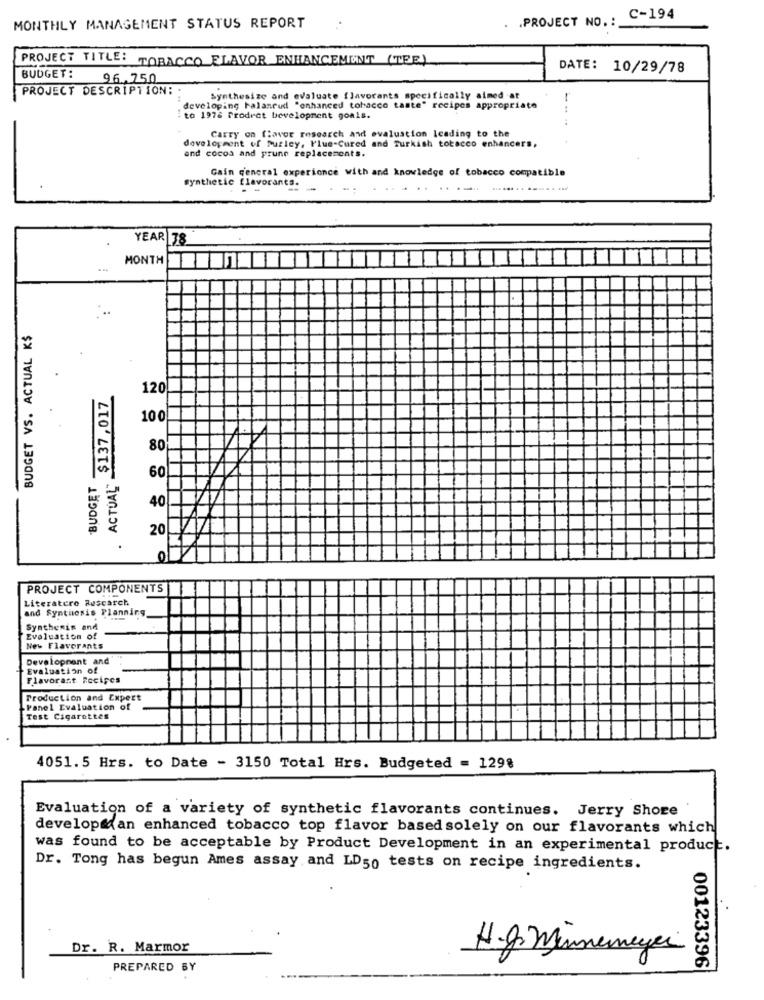
. . PROJECT NO .: C-194
MONTHLY MANAGEMENT STATUS REPORT
PROJECT TITLE: TOBACCO FLAVOR ENHANCEMENT (TEE)
DATE: 10/29/78
BUDGET: 96.750
PROJECT DESCRIPTION:
Synthesize and evaluate flavorants specifically aimed at
developing Falaneud "enhanced tobacco taste" recipes appropriate
:to 1976 Prodret Development goals.
Carry on flavor research and evaluation Icading to the
and cocoa and prune replacements.
development of Purley, Flue-Cured and Turkish tobacco enhancers,
Gain general experience with and knowledge of tobacco compatible
synthetic flavorants.
...-..
--------- -
YEAR 38
MONTH
BUDGET VS. ACTUAL K$
.
. $137,017
120
100
80
ACTUAL"
BUDGET
60
40
20
0
PROJECT COMPONENTS
Literatere Rusearch
and Synthesis Planning
Synthesis and
Evaluation of
New Flavorants
Development and
Evaluation of
Flavorast Recipes
Production and Expert
Panel Evaluation of
Test Cigarettes
4051.5 Hrs. to Date - 3150 Total Hrs. Budgeted = 1298
Evaluation of a variety of synthetic flavorants continues. Jerry Shore
develops an enhanced tobacco top flavor based solely on our flavorants which
was found to be acceptable by Product Development in an experimental product.
Dr. Tong has begun Ames assay and LD50 tests on recipe ingredients.
Dr. R. Marmor
H.g. Minnemeyer
PREPARED BY
00123396